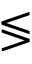
\lessgtr